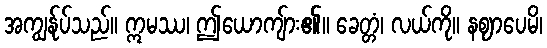
အကျွန်ုပ်သည်။ ဣမဿ၊ ဤယောကျ်ား၏။ ခေတ္တံ၊ လယ်ကို။ နဈာပေမိ၊